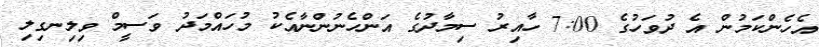
އެހެންކަމުން އެ ދުވަހުގެ 7:00 ހާއިރު ސިމާދުގެ އަންހެނުންނާއެކު މުހައްމަދު ވަސީމް ވިލިނގިލި